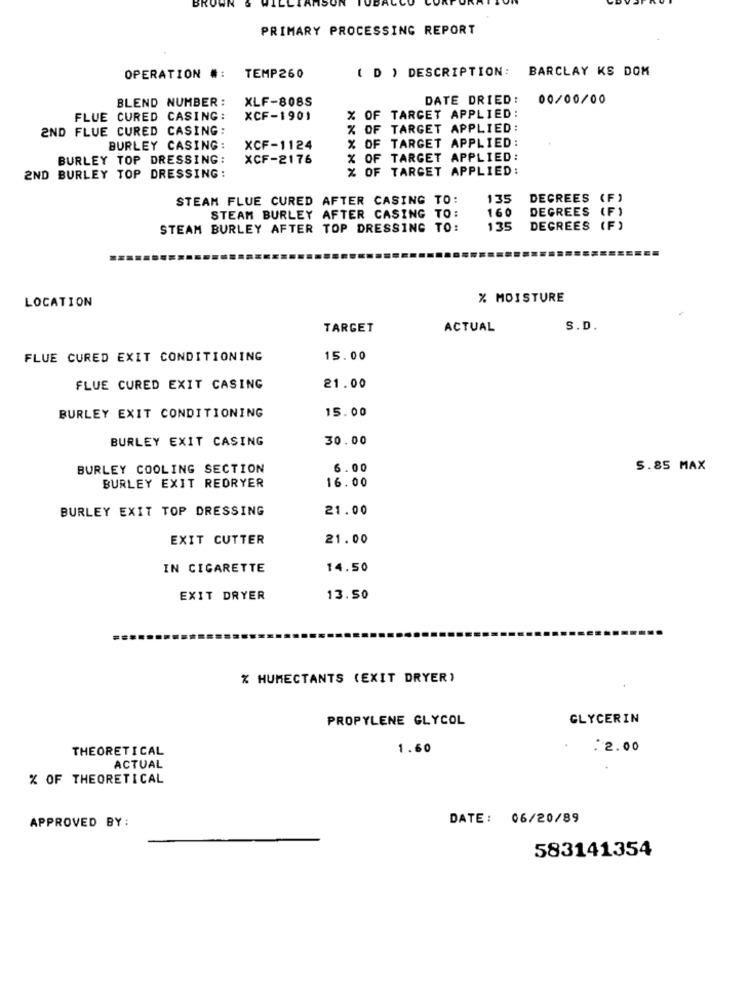
PRIMARY PROCESSING REPORT
( D ) DESCRIPTION:
BARCLAY KS DOM
OPERATION #:
TEMP260
BLEND NUMBER:
XLF-808S
DATE DRIED:
00/00/00
FLUE CURED CASING:
XCF-1901
% OF TARGET APPLIED:
2ND FLUE CURED CASING:
% OF TARGET APPLIED:
% OF TARGET APPLIED:
BURLEY CASING:
XCF-1124
BURLEY TOP DRESSING:
XCF-2176
% OF TARGET APPLIED:
% OF TARGET APPLIED:
2ND BURLEY TOP DRESSING:
STEAM FLUE CURED AFTER CASING TO:
135
DEGREES (F)
160
DEGREES (F)
STEAM BURLEY AFTER CASING TO:
STEAM BURLEY AFTER TOP DRESSING TO:
135
DEGREES (F)
LOCATION
% MOISTURE
TARGET
ACTUAL
S.D.
FLUE CURED EXIT CONDITIONING
15.00
FLUE CURED EXIT CASING
21.00
15.00
BURLEY EXIT CONDITIONING
BURLEY EXIT CASING
30.00
BURLEY COOLING SECTION
6.00
5.85 MAX
BURLEY EXIT REDRYER
16.00
BURLEY EXIT TOP DRESSING
21.00
EXIT CUTTER
21.00
IN CIGARETTE
14.50
EXIT DRYER
13.50
% HUMECTANTS (EXIT DRYER)
PROPYLENE GLYCOL
GLYCERIN
THEORETICAL
1.60
: 2.00
ACTUAL
% OF THEORETICAL
APPROVED BY:
DATE: 06/20/89
583141354